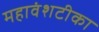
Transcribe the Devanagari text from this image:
महावंशटीका